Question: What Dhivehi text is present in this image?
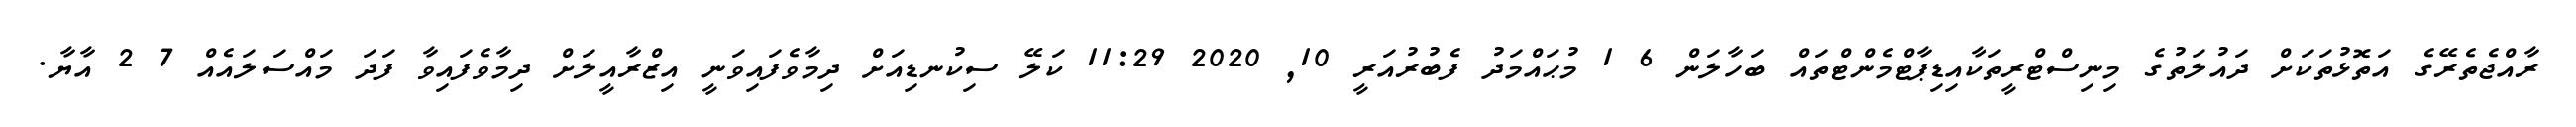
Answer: ރާއްޖެތެރޭގެ އަތޮޅުތަކަށް ދައުލަތުގެ މިނިސްޓްރީތަކާއިޑިޕާޓްމެންޓްތައް ބަހާލަން 6 1 މުޙައްމަދު ފެބުރުއަރީ 10, 2020 11:29 ކަލޭ ސިކުނޑިއަށް ދިމާވެފައިވަނީ އިޒްރާއީލަށް ދިމާވެފައިވާ ފަދަ މައްސަލައެއް 7 2 އާޔާ.